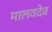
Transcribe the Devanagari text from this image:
मालवदेव